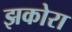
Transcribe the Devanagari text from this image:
झकोरा